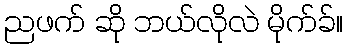
ညဖက် ဆို ဘယ်လိုလဲ မိုက်ခ်။